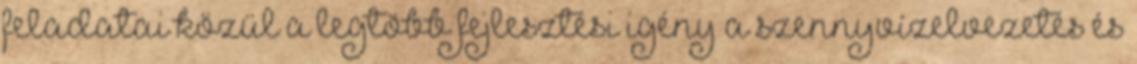
feladatai közül a legtöbb fejlesztési igény a szennyvízelvezetés és